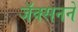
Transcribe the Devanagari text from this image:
जॅक्सनने